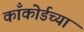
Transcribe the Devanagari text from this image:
काँकोर्डच्या